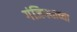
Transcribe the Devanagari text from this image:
गंजिफ्याच्या